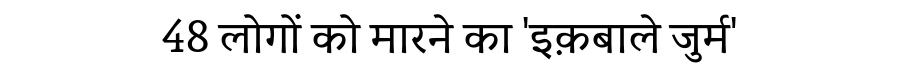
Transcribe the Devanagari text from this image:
48 लोगों को मारने का 'इक़बाले जुर्म'